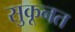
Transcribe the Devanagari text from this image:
सुकूनत